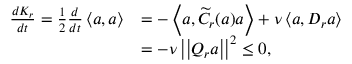
\begin{array} { r l } { \frac { d K _ { r } } { d t } = \frac { 1 } { 2 } \frac { d } { d t } \left< \boldsymbol { a } , \boldsymbol { a } \right> } & { = - \left< \boldsymbol { a } , \widetilde { C } _ { r } ( \boldsymbol { a } ) \boldsymbol { a } \right> + \nu \left< \boldsymbol { a } , D _ { r } \boldsymbol { a } \right> } \\ & { = - \nu \left| \left| Q _ { r } \boldsymbol { a } \right| \right| ^ { 2 } \leq 0 , } \end{array}